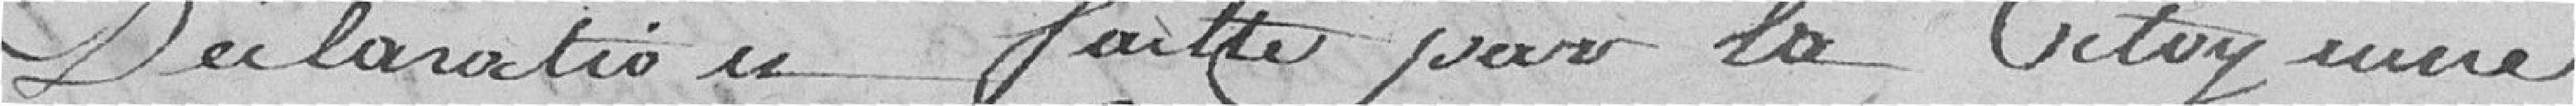
déclaration faite par la citoyenne.